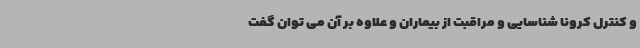
و کنترل کرونا شناسایی و مراقبت از بیماران و علاوه بر آن می توان گفت